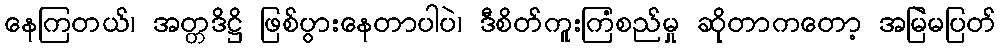
နေကြတယ်၊ အတ္တဒိဋ္ဌိ ဖြစ်ပွားနေတာပါပဲ၊ ဒီစိတ်ကူးကြံစည်မှု ဆိုတာကတော့ အမြဲမပြတ်